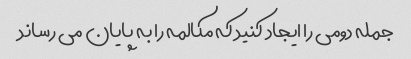
جمله دومی را ایجاد کنید که مکالمه را به پایان می رساند